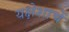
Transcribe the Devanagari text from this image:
यक्षेशाचें